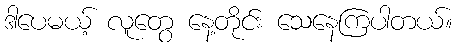
ဒါပေမယ့် လူတွေ နေ့တိုင်း သေနေကြပါတယ်။